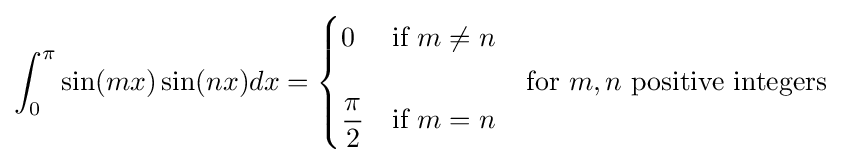
\int _{0}^{\pi }\sin(mx)\sin(nx)dx={\begin{cases}0&{\text{if }}m\neq n\\\\{\dfrac {\pi }{2}}&{\text{if }}m=n\end{cases}}\quad {\text{for }}m,n{\text{ positive integers}}